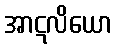
အာဋလိယော